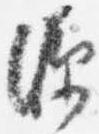
源